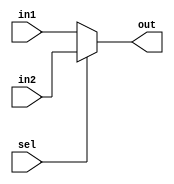
module mux2  #(parameter bits = 1) 
(
	input sel,
	input  [bits - 1 : 0] in1 , in2,
	output [bits - 1 : 0] out
);
	assign out = sel ?  in2 : in1 ;
endmodule